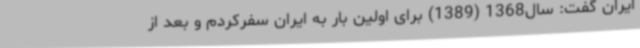
ایران گفت: سال1368 (1389) برای اولین بار به ایران سفرکردم و بعد از